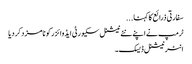
سفارتی ذرائع کا کہنا ...
ٹرمپ نے اپنے نئے نیشنل سکیورٹی ایڈوائزر کو نامزد کر دیا
انٹر نیشنل ڈیسک۔